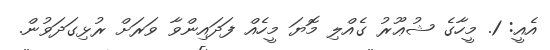
އެއީ: 1. މީހާގެ ޝުޢޫރު ގެއްލި މޮޔަ މީހެއް ފަދައިންވާ ވަރަށް ރުޅިގަދަވުން.